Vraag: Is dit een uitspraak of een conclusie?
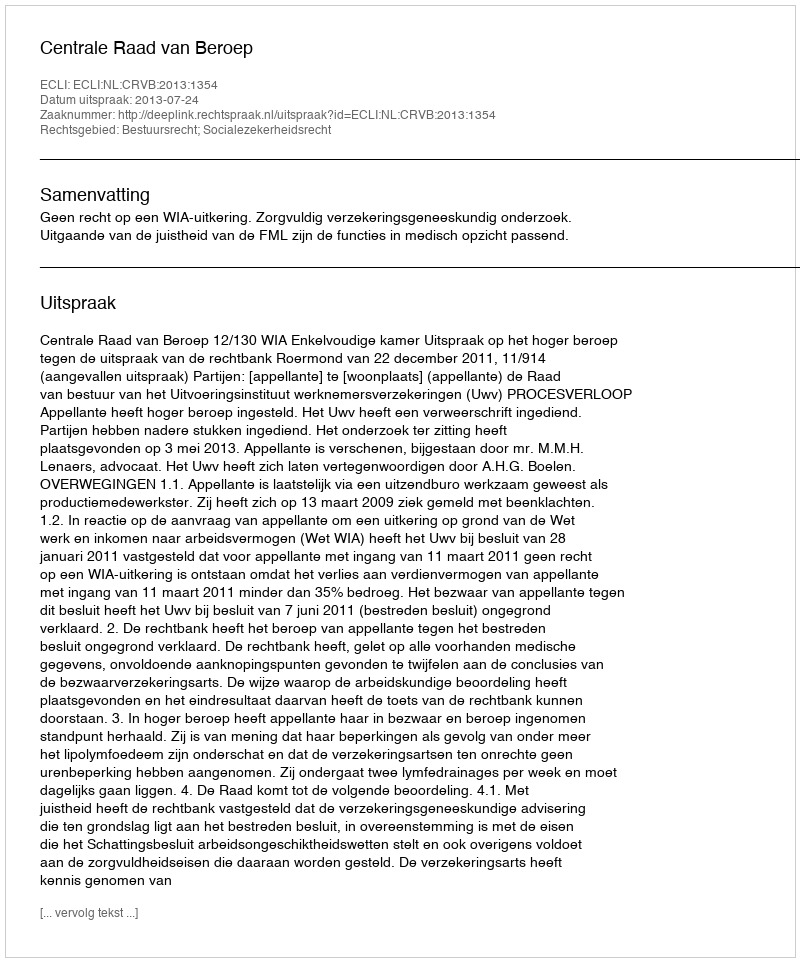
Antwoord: Uitspraak